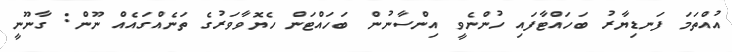
އުއްތަމަ ފަނޑިޔާރު ބަހައްޓާފައި ހުންނެވީ އިންސާނުން ބަހައްޓަން ހެޔޮވާވަރުގެ ތަނެއްގައެއް ނޫން: ގާނޫނީ